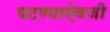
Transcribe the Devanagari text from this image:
घटण्याऐवजी